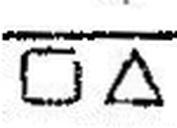
□∆